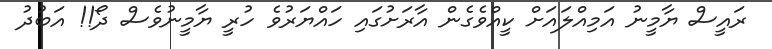
ރައީސް ޔާމީނު އަމިއްލައަށް ކީއްވެގެން އާރަށުގައި ހައްޔަރުވެ ހުރީ ޔާމީނުވެސް ދޯ!! އަބުދު